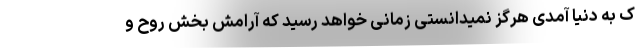
ک به دنیا آمدی هرگز نمیدانستی زمانی خواهد رسید که آرامش بخش روح و